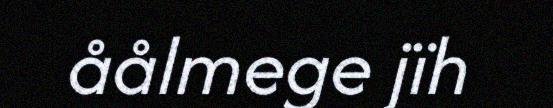
åålmege jïh